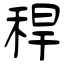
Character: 稈